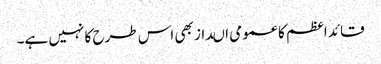
قائد اعظم کا عمومی اںداز بھی اس طرح کا نہیں ہے۔